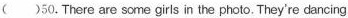
( )50.There are some girls in the photo. They're dancing.